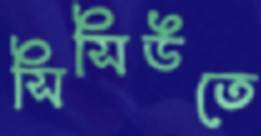
সিসিউতে